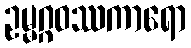
ဥမ္မဂ္ဂဝဿကာရော